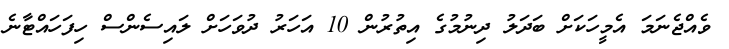
ވެއްޖެނަމަ އެމީހަކަށް ބަދަލު ދިނުމުގެ އިތުރުން 10 އަހަރު ދުވަހަށް ލައިސެންސް ހިފަހައްޓާނެ